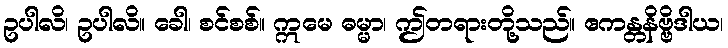
ဥပါလိ၊ ဥပါလိ။ ခေါ၊ စင်စစ်။ ဣမေ ဓမ္မာ၊ ဤတရားတို့သည်။ ဧကန္တနိဗ္ဗိဒါယ၊